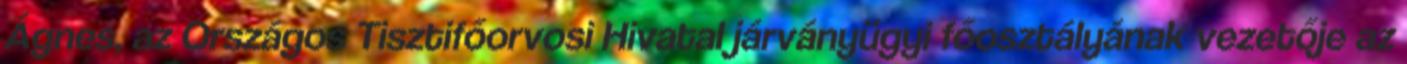
Ágnes, az Országos Tisztifőorvosi Hivatal járványügyi főosztályának vezetője az